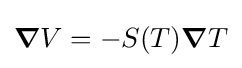
{\boldsymbol {\nabla }}V=-S(T){\boldsymbol {\nabla }}T